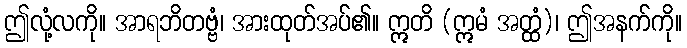
ဤလုံ့လကို။ အာရဘိတဗ္ဗံ၊ အားထုတ်အပ်၏။ ဣတိ (ဣမံ အတ္ထံ)၊ ဤအနက်ကို။